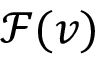
\mathcal { F } ( v )